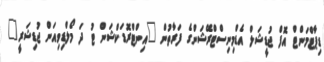
ޑިޕާޓްމަންޓް އޮފް ޖުޑީޝަލް އެޑްމިނިސްޓްރޭޝަންގެ ފަރާތުން "އިންޓްރޮޑަކްޝަން ޓު ދަ މޯލްޑިވިއަން ޖުޑިޝަރީ"